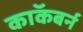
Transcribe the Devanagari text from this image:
काॅकबर्न